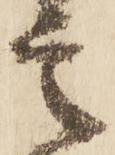
言